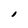
Character: l